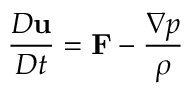
\ { \frac { D \mathbf { u } } { D t } } = \mathbf { F } - { \frac { \nabla p } { \rho } }